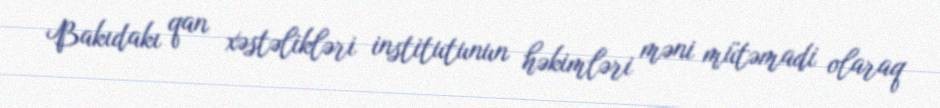
Bakıdakı qan xəstəlikləri institutunun həkimləri məni mütəmadi olaraq